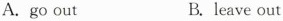
A.go out B.leave out